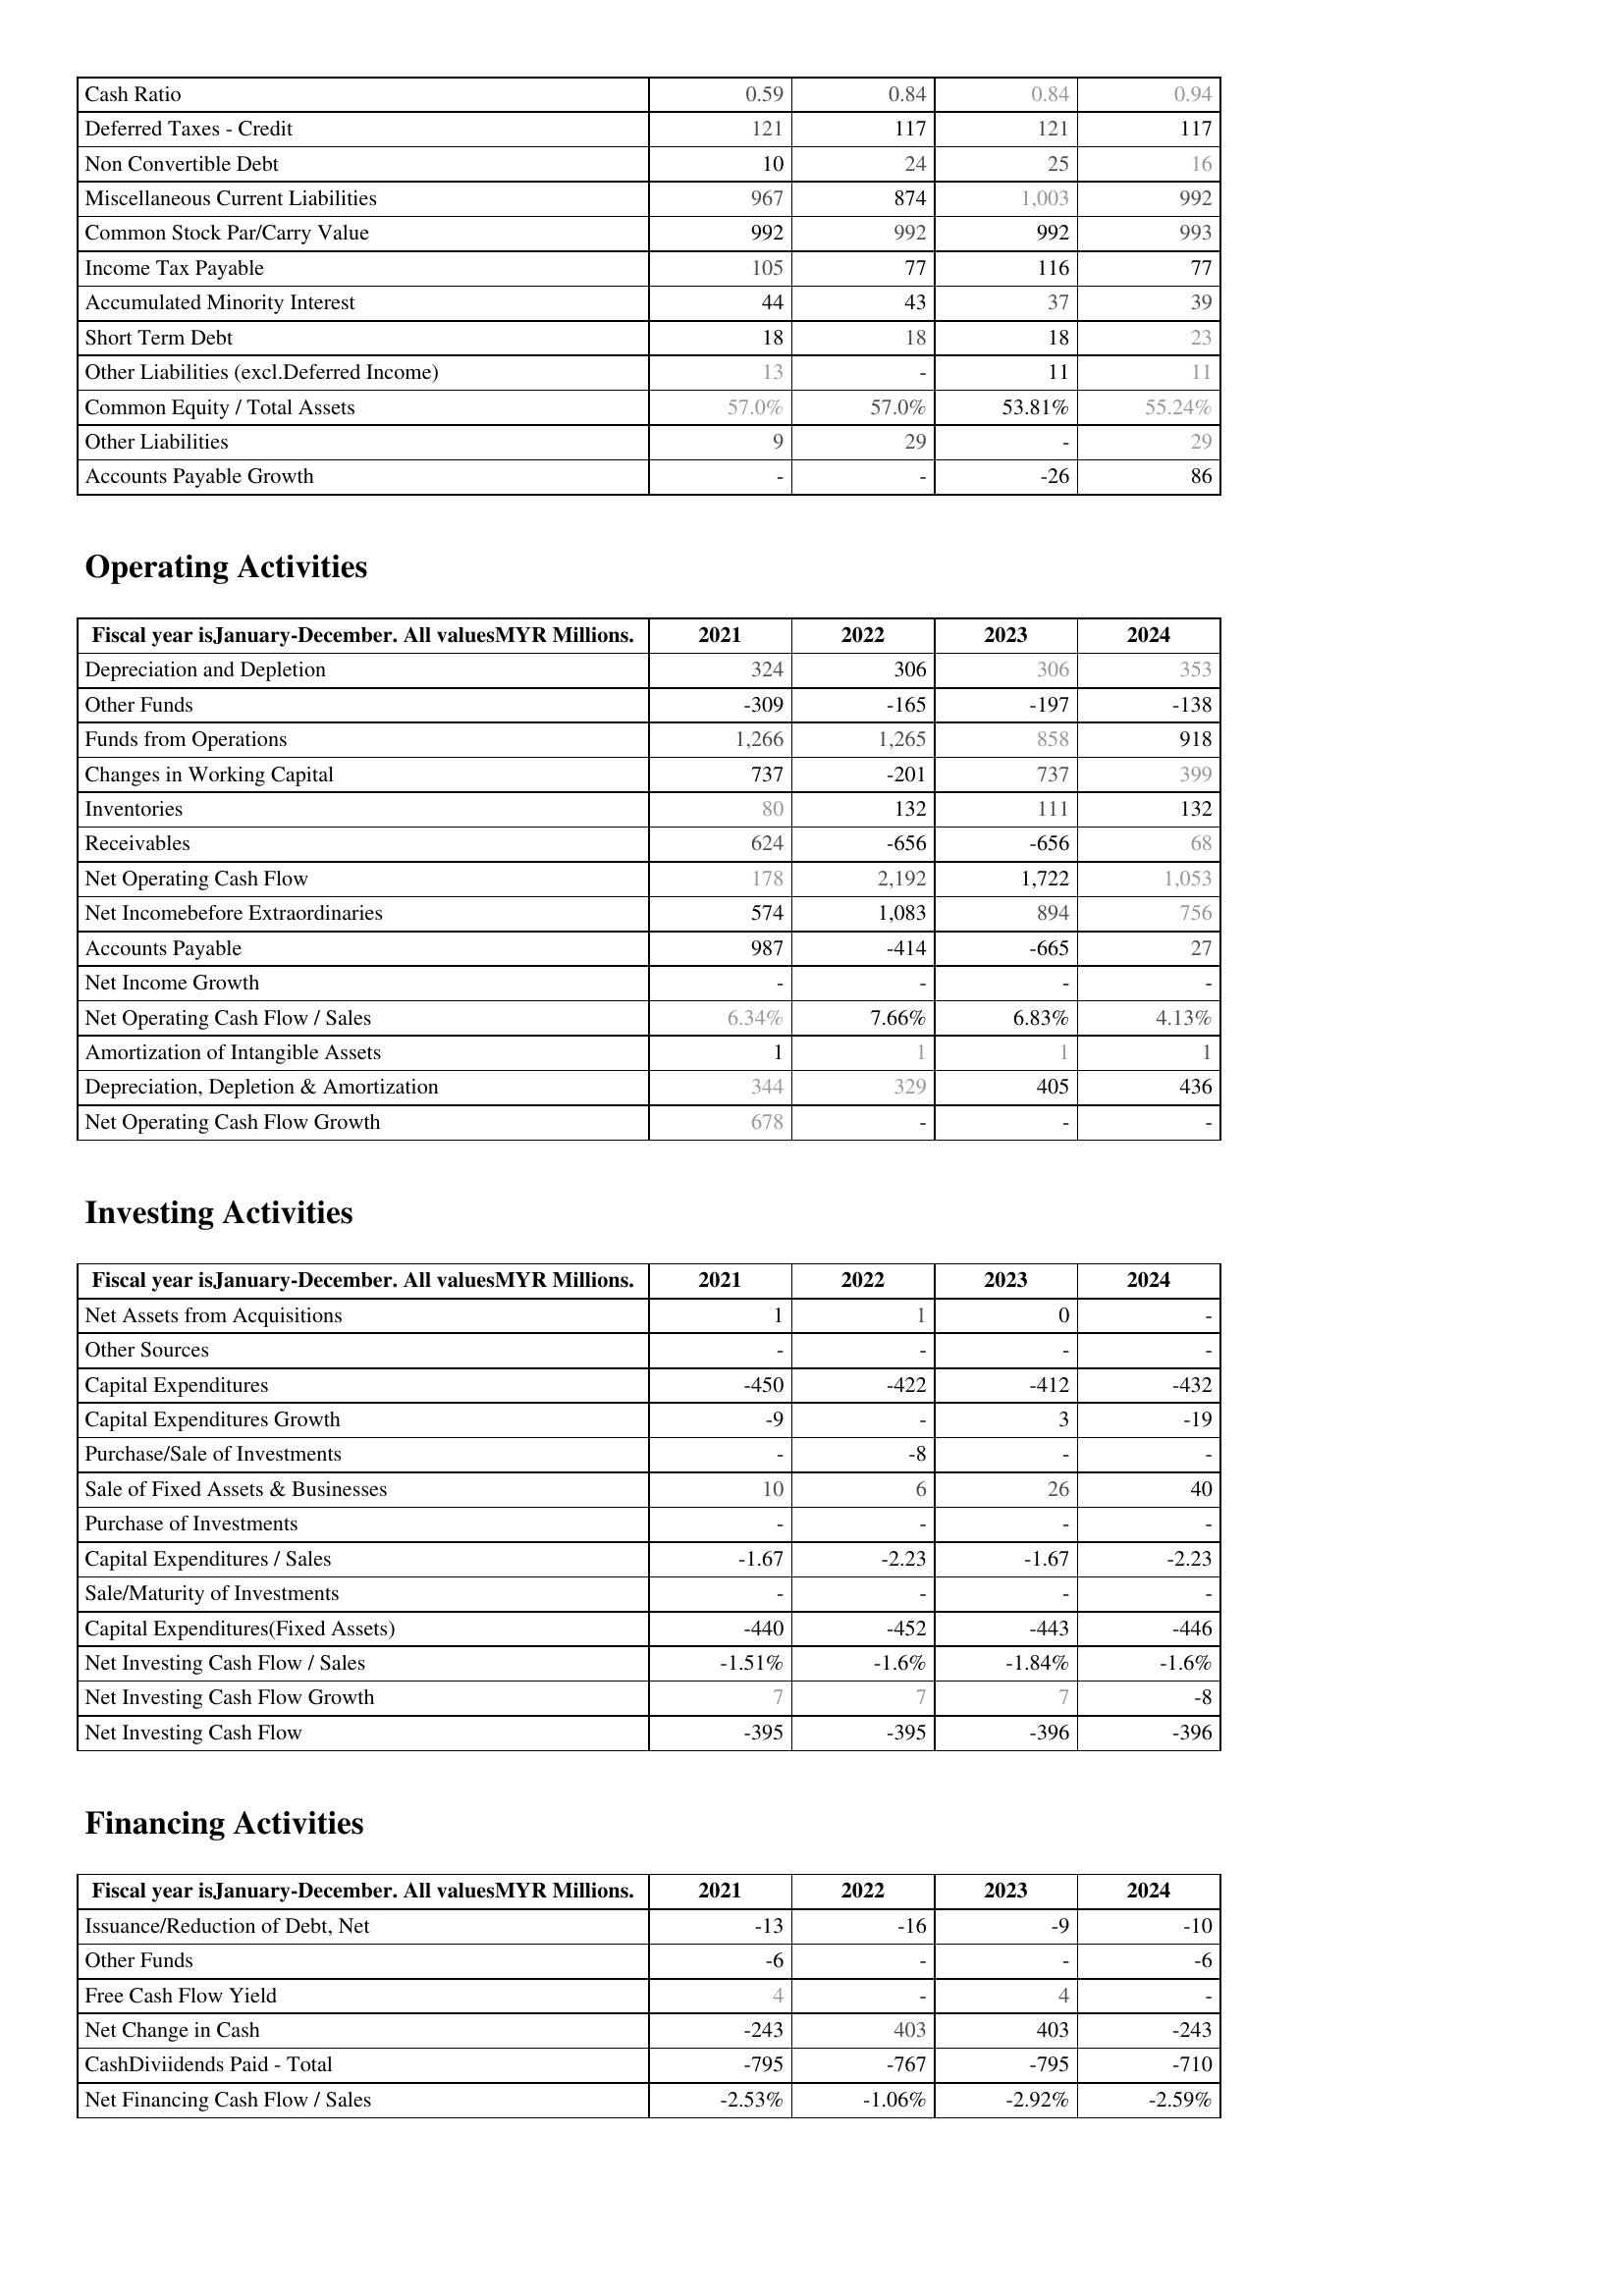
2021: Liabilities & Shareholder's Equity: Cash Ratio: 0.59
Deferred Taxes - Credit: 121
Non Convertible Debt: 10
Miscellaneous Current Liabilities: 967
Common Stock Par/Carry Value: 992
Income Tax Payable: 105
Accumulated Minority Interest: 44
Short Term Debt: 18
Other Liabilities (excl.Deferred Income): 13
Common Equity / Total Assets: 57.0%
Other Liabilities: 9
Accounts Payable Growth: -
Operating Activities: Depreciation and Depletion: 324
Other Funds: -309
Funds from Operations: 1,266
Changes in Working Capital: 737
Inventories: 80
Receivables: 624
Net Operating Cash Flow: 178
Net Incomebefore Extraordinaries: 574
Accounts Payable: 987
Net Income Growth: -
Net Operating Cash Flow / Sales: 6.34%
Amortization of Intangible Assets: 1
Depreciation, Depletion & Amortization: 344
Net Operating Cash Flow Growth: 678
Investing Activities: Net Assets from Acquisitions: 1
Other Sources: -
Capital Expenditures: -450
Capital Expenditures Growth: -9
Purchase/Sale of Investments: -
Sale of Fixed Assets & Businesses: 10
Purchase of Investments: -
Capital Expenditures / Sales: -1.67
Sale/Maturity of Investments: -
Capital Expenditures(Fixed Assets): -440
Net Investing Cash Flow / Sales: -1.51%
Net Investing Cash Flow Growth: 7
Net Investing Cash Flow: -395
Financing Activities: Issuance/Reduction of Debt, Net: -13
Other Funds: -6
Free Cash Flow Yield: 4
Net Change in Cash: -243
CashDiviidends Paid - Total: -795
Net Financing Cash Flow / Sales: -2.53%
2022: Liabilities & Shareholder's Equity: Cash Ratio: 0.84
Deferred Taxes - Credit: 117
Non Convertible Debt: 24
Miscellaneous Current Liabilities: 874
Common Stock Par/Carry Value: 992
Income Tax Payable: 77
Accumulated Minority Interest: 43
Short Term Debt: 18
Other Liabilities (excl.Deferred Income): -
Common Equity / Total Assets: 57.0%
Other Liabilities: 29
Accounts Payable Growth: -
Operating Activities: Depreciation and Depletion: 306
Other Funds: -165
Funds from Operations: 1,265
Changes in Working Capital: -201
Inventories: 132
Receivables: -656
Net Operating Cash Flow: 2,192
Net Incomebefore Extraordinaries: 1,083
Accounts Payable: -414
Net Income Growth: -
Net Operating Cash Flow / Sales: 7.66%
Amortization of Intangible Assets: 1
Depreciation, Depletion & Amortization: 329
Net Operating Cash Flow Growth: -
Investing Activities: Net Assets from Acquisitions: 1
Other Sources: -
Capital Expenditures: -422
Capital Expenditures Growth: -
Purchase/Sale of Investments: -8
Sale of Fixed Assets & Businesses: 6
Purchase of Investments: -
Capital Expenditures / Sales: -2.23
Sale/Maturity of Investments: -
Capital Expenditures(Fixed Assets): -452
Net Investing Cash Flow / Sales: -1.6%
Net Investing Cash Flow Growth: 7
Net Investing Cash Flow: -395
Financing Activities: Issuance/Reduction of Debt, Net: -16
Other Funds: -
Free Cash Flow Yield: -
Net Change in Cash: 403
CashDiviidends Paid - Total: -767
Net Financing Cash Flow / Sales: -1.06%
2023: Liabilities & Shareholder's Equity: Cash Ratio: 0.84
Deferred Taxes - Credit: 121
Non Convertible Debt: 25
Miscellaneous Current Liabilities: 1,003
Common Stock Par/Carry Value: 992
Income Tax Payable: 116
Accumulated Minority Interest: 37
Short Term Debt: 18
Other Liabilities (excl.Deferred Income): 11
Common Equity / Total Assets: 53.81%
Other Liabilities: -
Accounts Payable Growth: -26
Operating Activities: Depreciation and Depletion: 306
Other Funds: -197
Funds from Operations: 858
Changes in Working Capital: 737
Inventories: 111
Receivables: -656
Net Operating Cash Flow: 1,722
Net Incomebefore Extraordinaries: 894
Accounts Payable: -665
Net Income Growth: -
Net Operating Cash Flow / Sales: 6.83%
Amortization of Intangible Assets: 1
Depreciation, Depletion & Amortization: 405
Net Operating Cash Flow Growth: -
Investing Activities: Net Assets from Acquisitions: 0
Other Sources: -
Capital Expenditures: -412
Capital Expenditures Growth: 3
Purchase/Sale of Investments: -
Sale of Fixed Assets & Businesses: 26
Purchase of Investments: -
Capital Expenditures / Sales: -1.67
Sale/Maturity of Investments: -
Capital Expenditures(Fixed Assets): -443
Net Investing Cash Flow / Sales: -1.84%
Net Investing Cash Flow Growth: 7
Net Investing Cash Flow: -396
Financing Activities: Issuance/Reduction of Debt, Net: -9
Other Funds: -
Free Cash Flow Yield: 4
Net Change in Cash: 403
CashDiviidends Paid - Total: -795
Net Financing Cash Flow / Sales: -2.92%
2024: Liabilities & Shareholder's Equity: Cash Ratio: 0.94
Deferred Taxes - Credit: 117
Non Convertible Debt: 16
Miscellaneous Current Liabilities: 992
Common Stock Par/Carry Value: 993
Income Tax Payable: 77
Accumulated Minority Interest: 39
Short Term Debt: 23
Other Liabilities (excl.Deferred Income): 11
Common Equity / Total Assets: 55.24%
Other Liabilities: 29
Accounts Payable Growth: 86
Operating Activities: Depreciation and Depletion: 353
Other Funds: -138
Funds from Operations: 918
Changes in Working Capital: 399
Inventories: 132
Receivables: 68
Net Operating Cash Flow: 1,053
Net Incomebefore Extraordinaries: 756
Accounts Payable: 27
Net Income Growth: -
Net Operating Cash Flow / Sales: 4.13%
Amortization of Intangible Assets: 1
Depreciation, Depletion & Amortization: 436
Net Operating Cash Flow Growth: -
Investing Activities: Net Assets from Acquisitions: -
Other Sources: -
Capital Expenditures: -432
Capital Expenditures Growth: -19
Purchase/Sale of Investments: -
Sale of Fixed Assets & Businesses: 40
Purchase of Investments: -
Capital Expenditures / Sales: -2.23
Sale/Maturity of Investments: -
Capital Expenditures(Fixed Assets): -446
Net Investing Cash Flow / Sales: -1.6%
Net Investing Cash Flow Growth: -8
Net Investing Cash Flow: -396
Financing Activities: Issuance/Reduction of Debt, Net: -10
Other Funds: -6
Free Cash Flow Yield: -
Net Change in Cash: -243
CashDiviidends Paid - Total: -710
Net Financing Cash Flow / Sales: -2.59%